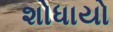
શોધાયો